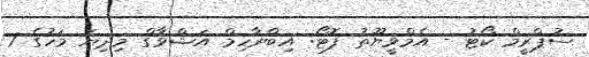
ސުޕްރީމް ކޯޓު - އެމްވީޔޫތު ފޮޓޯ: އިބްރާހިމް އަޝްވާގް މިދިޔަ މަހުގެ 7